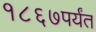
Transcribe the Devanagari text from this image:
१८६७पर्यंत